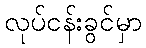
လုပ်ငန်းခွင်မှာ